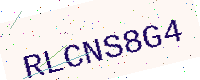
Text: RLCNS8G4